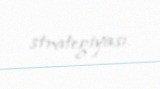
strategiyası.